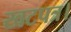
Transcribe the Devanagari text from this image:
खटपत्र।